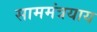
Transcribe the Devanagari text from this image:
साममंत्रयाय